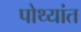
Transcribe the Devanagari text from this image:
पोथ्यांत